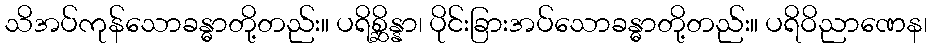
သိအပ်ကုန်သောခန္ဓာတို့တည်း။ ပရိစ္ဆိန္နာ၊ ပိုင်းခြားအပ်သောခန္ဓာတို့တည်း။ ပရိဝိညာဏေန၊